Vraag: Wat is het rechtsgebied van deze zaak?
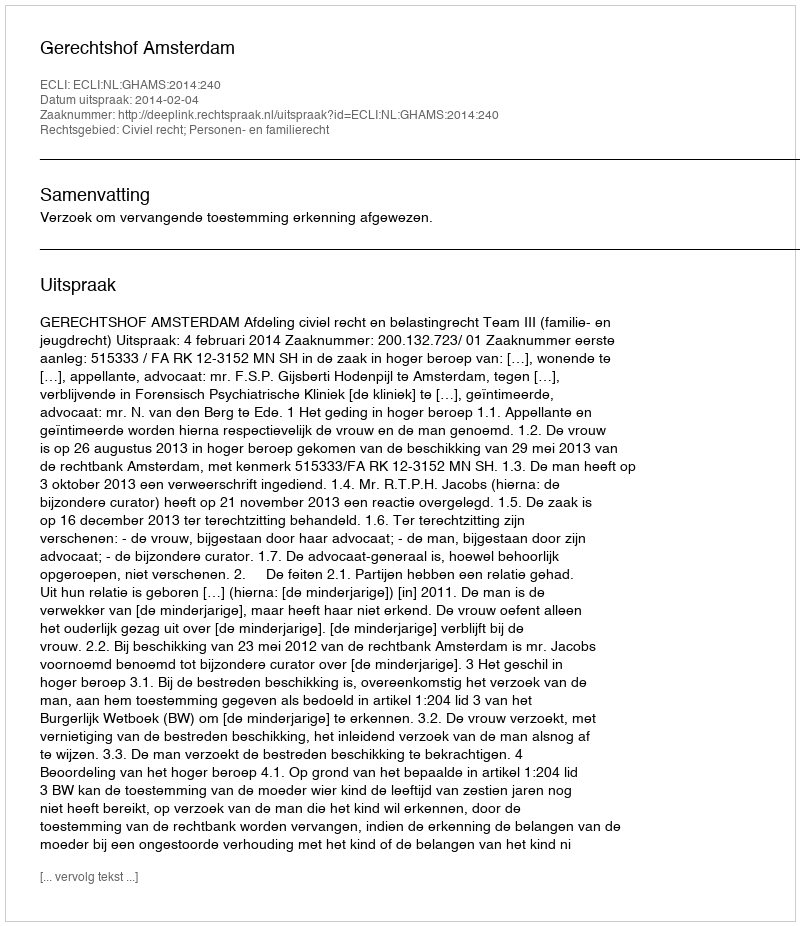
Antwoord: Civiel recht; Personen- en familierecht